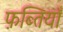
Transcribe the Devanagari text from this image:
फ़ब्तियाँ